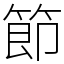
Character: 節